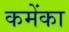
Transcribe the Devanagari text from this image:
कमेंका